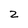
Character: z